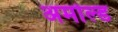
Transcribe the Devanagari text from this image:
अमोल्ड